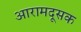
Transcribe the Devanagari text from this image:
आरामदूसक